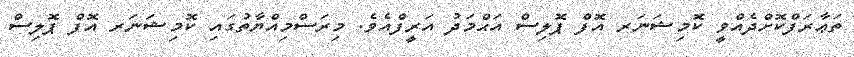
ތަޢާރަފްކޮށްދެއްވީ ކޮމިޝަނަރ އޮފް ޕޮލިސް އަޙްމަދު އަރީފްއެވެ. މިރަސްމިއްޔާތުގައި ކޮމިޝަނަރ އޮފް ޕޮލިސް